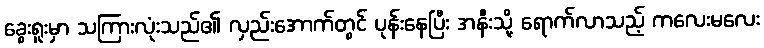
ခွေးရူးမှာ သကြားလုံးသည်၏ လှည်းအောက်တွင် ပုန်းနေပြီး အနီးသို့ ရောက်လာသည့် ကလေးမလေး